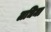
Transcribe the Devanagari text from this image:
लधिमा